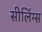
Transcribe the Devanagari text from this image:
सीलिंग्स